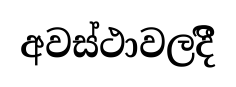
අවස්ථාවලදීි